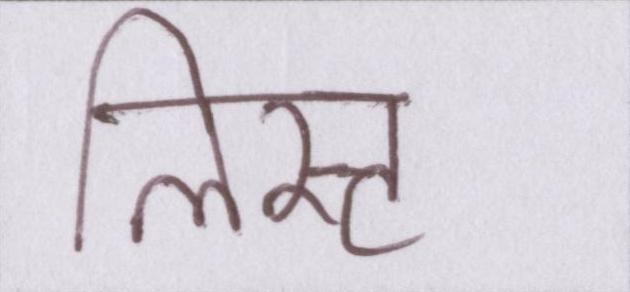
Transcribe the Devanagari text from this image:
लिस्ट